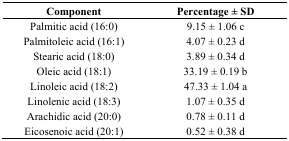
<table><thead><tr><td><b>Component</b></td><td><b>Percentage ± SD</b></td></tr></thead><tbody><tr><td>Palmitic acid (16:0)</td><td>9.15 ± 1.06 c</td></tr><tr><td>Palmitoleic acid (16:1)</td><td>4.07 ± 0.23 d</td></tr><tr><td>Stearic acid (18:0)</td><td>3.89 ± 0.34 d</td></tr><tr><td>Oleic acid (18:1)</td><td>33.19 ± 0.19 b</td></tr><tr><td>Linoleic acid (18:2)</td><td>47.33 ± 1.04 a</td></tr><tr><td>Linolenic acid (18:3)</td><td>1.07 ± 0.35 d</td></tr><tr><td>Arachidic acid (20:0)</td><td>0.78 ± 0.11 d</td></tr><tr><td>Eicosenoic acid (20:1)</td><td>0.52 ± 0.38 d</td></tr></tbody></table>